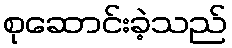
စုဆောင်းခဲ့သည်